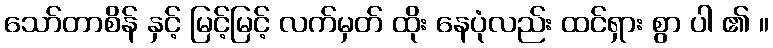
သော်တာစိန် နှင့် မြင့်မြင့် လက်မှတ် ထိုး နေပုံလည်း ထင်ရှား စွာ ပါ ၏ ။